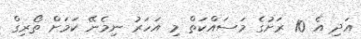
އަދި އެ 10 ރަށުގެ މަސައްކަތް މި އަހަރު ނިމެނޭ ކަމަށް ތޯރިގް